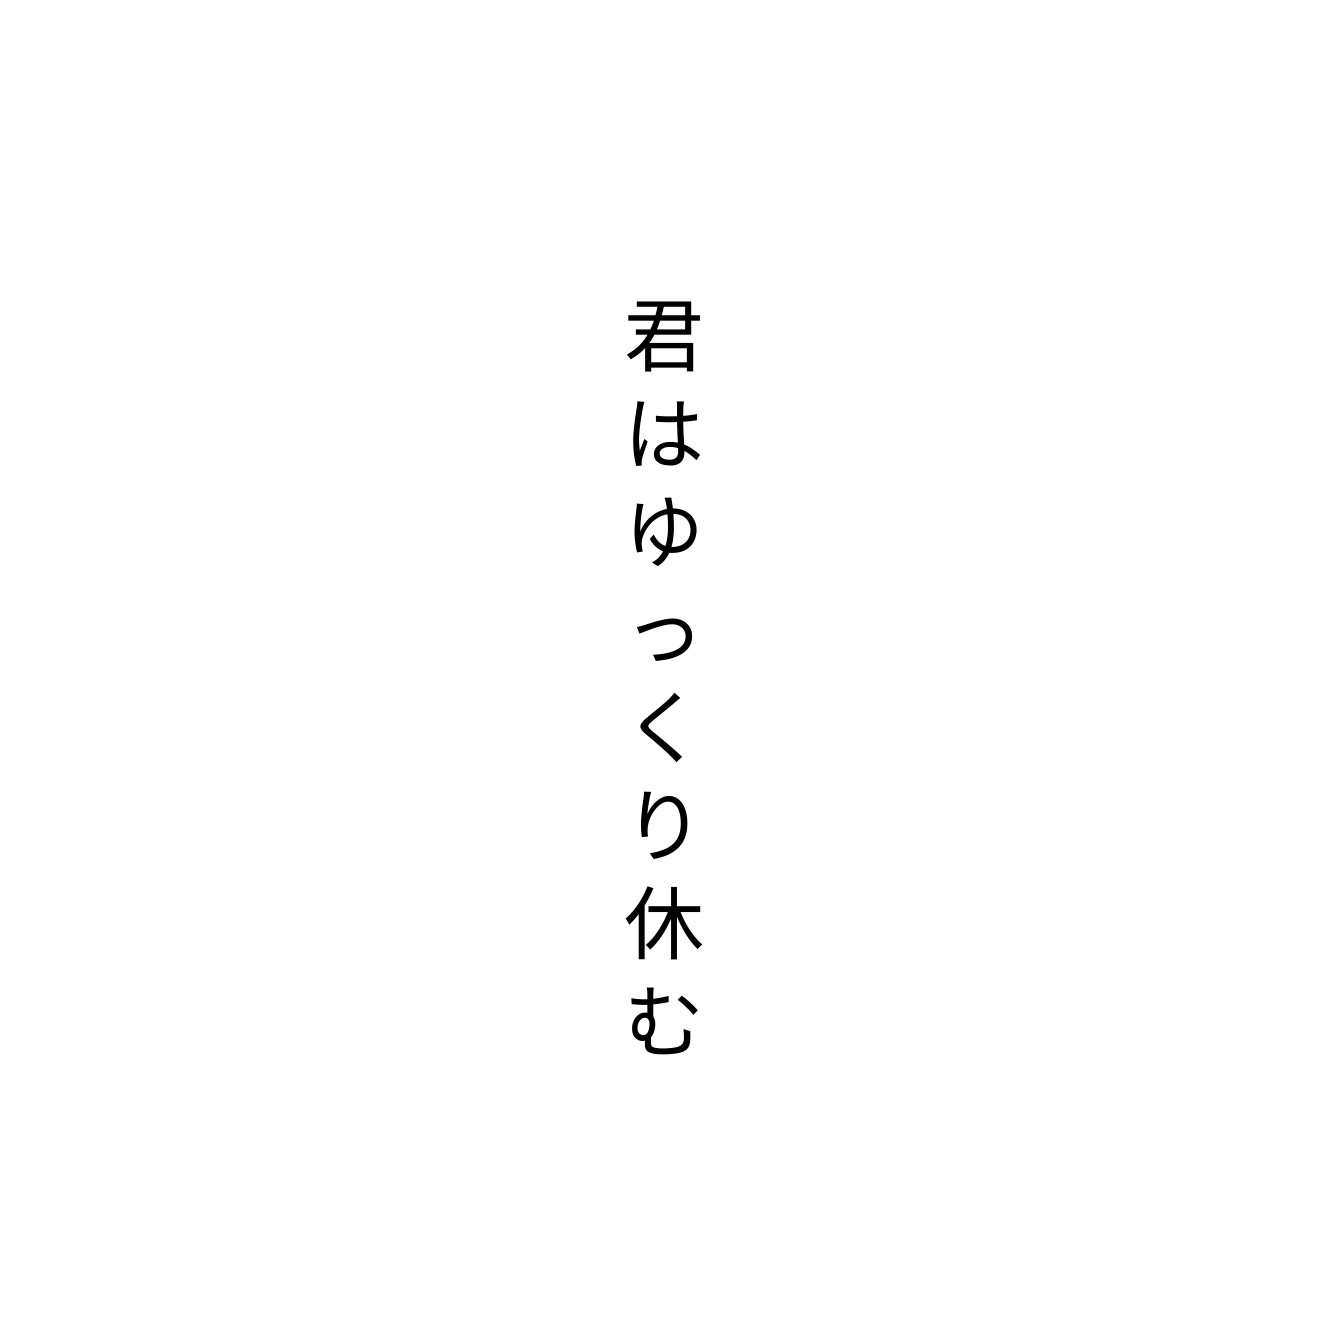
君はゆっくり休む